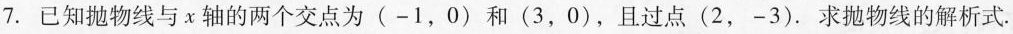
7.已知抛物线与x轴的两个交点为(-1，0)和(3，0)，且过点(2，-3)。求抛物线的解析式.